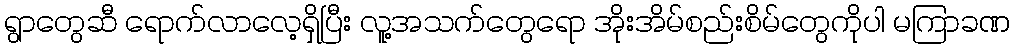
ရွာတွေဆီ ရောက်လာလေ့ရှိပြီး လူ့အသက်တွေရော အိုးအိမ်စည်းစိမ်တွေကိုပါ မကြာခဏ